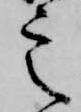
定